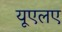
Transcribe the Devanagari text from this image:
यूएलए